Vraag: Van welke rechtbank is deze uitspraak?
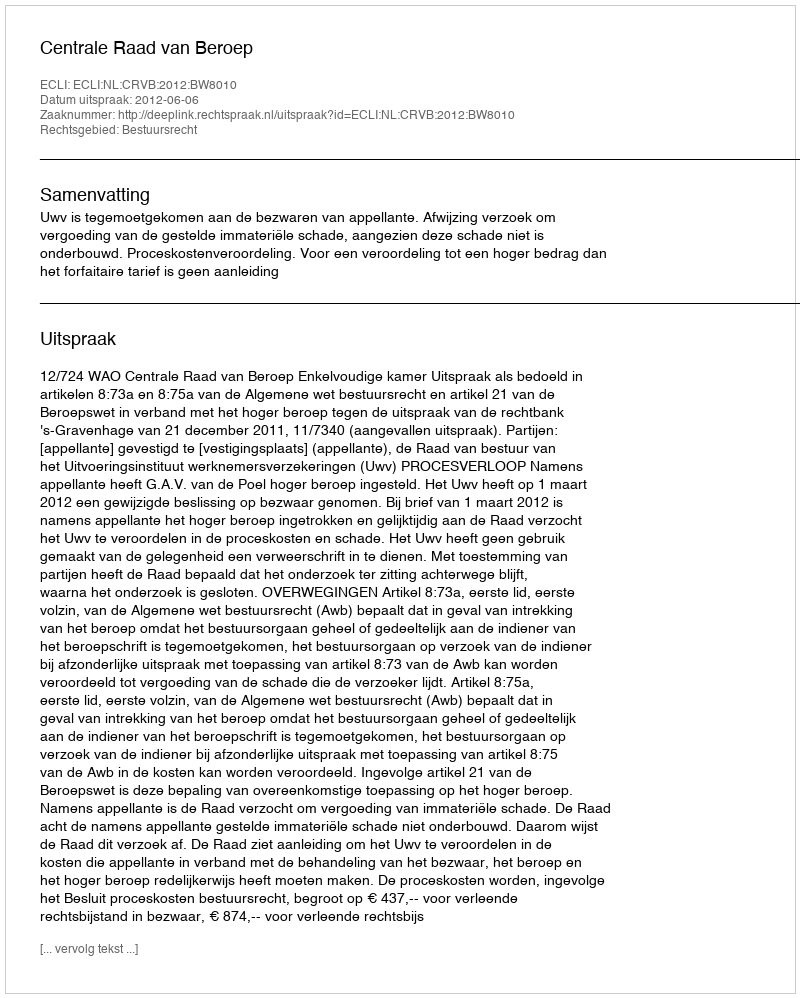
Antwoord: Centrale Raad van Beroep